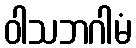
ဝါသဘဂါမံ